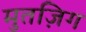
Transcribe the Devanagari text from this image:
मुतज़िग